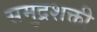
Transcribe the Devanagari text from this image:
समुद्रशक्ती